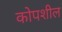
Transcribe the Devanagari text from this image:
कोपशील